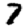
Digit: 7